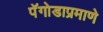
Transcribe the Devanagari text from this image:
पॅगोडाप्रमाणे